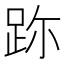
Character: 䟢